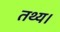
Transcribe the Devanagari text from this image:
तथ्य।